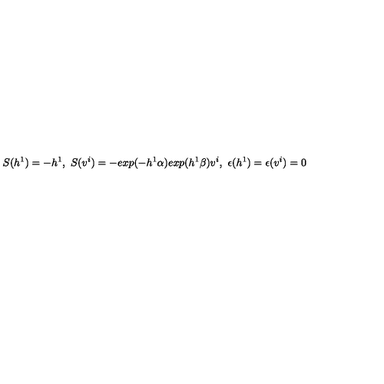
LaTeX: S ( h ^ { 1 } ) = - h ^ { 1 } , \ S ( v ^ { i } ) = - e x p ( - h ^ { 1 } \alpha ) e x p ( h ^ { 1 } \beta ) v ^ { i } , \ \epsilon ( h ^ { 1 } ) = \epsilon ( v ^ { i } ) = 0